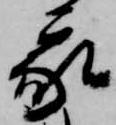
家